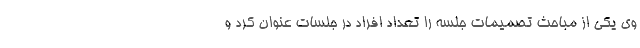
وی یکی از مباحث تصمیمات جلسه را تعداد افراد در جلسات عنوان کرد و